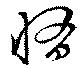
惰